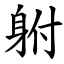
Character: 䠵